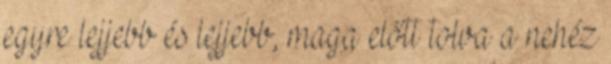
egyre lejjebb és lejjebb, maga előtt tolva a nehéz